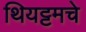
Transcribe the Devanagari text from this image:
थियट्टमचे